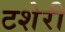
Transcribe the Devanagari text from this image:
टशेरी